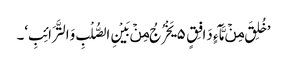
’خُلِقَ مِنۡ مَّآءٍ دَافِقٍ ۵ یَخْرُجُ مِنۡ بَیْنِ الصُّلْبِ وَالتَّرَائِبِ‘۔